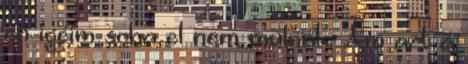
én igéim soha el nem múlnak. Ám azt a